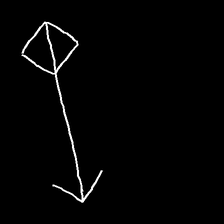
Glyph: focus